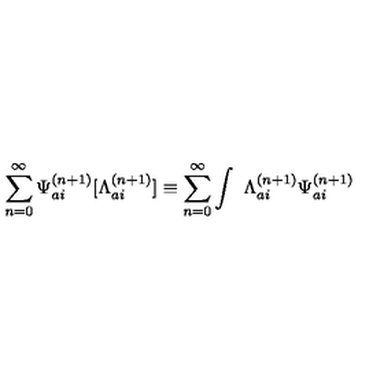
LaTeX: \sum _ { n = 0 } ^ { \infty } { \Psi } _ { a i } ^ { ( n + 1 ) } [ { \Lambda } _ { a i } ^ { ( n + 1 ) } ] \equiv \sum _ { n = 0 } ^ { \infty } \int \ { \Lambda } _ { a i } ^ { ( n + 1 ) } { \Psi } _ { a i } ^ { ( n + 1 ) }